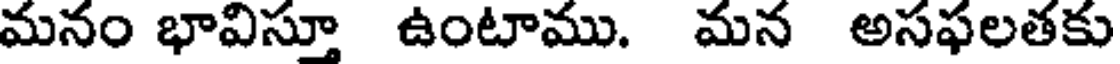
మనం భావిస్తూ ఉంటాము. మన అసఫలతకు